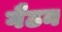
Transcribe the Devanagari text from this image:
गैठन